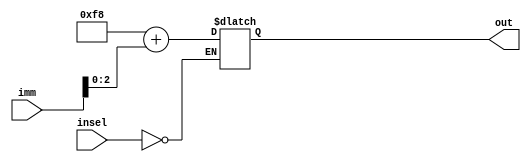
`timescale 1ns / 1ps
//////////////////////////////////////////////////////////////////////////////////
// Company: 
// Engineer: 
// 
// Design Name: 
// Module Name:    signextend 
// Project Name: 
// Target Devices: 
// Tool versions: 
// Description: 
//
// Dependencies: 
//
// Revision: 
// Revision 0.01 - File Created
// Additional Comments: 
//
//////////////////////////////////////////////////////////////////////////////////
module signextend(
    input [5:0] imm,
    input [1:0] insel,
    output reg [7:0] out
    );
always @(imm or insel)
begin
case(insel)
2'b00: out = 8'hf8+imm[2:0];  
endcase
end

endmodule